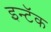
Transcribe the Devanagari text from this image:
इन्टॅक